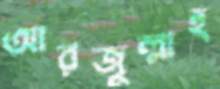
আরজুল্লাহ